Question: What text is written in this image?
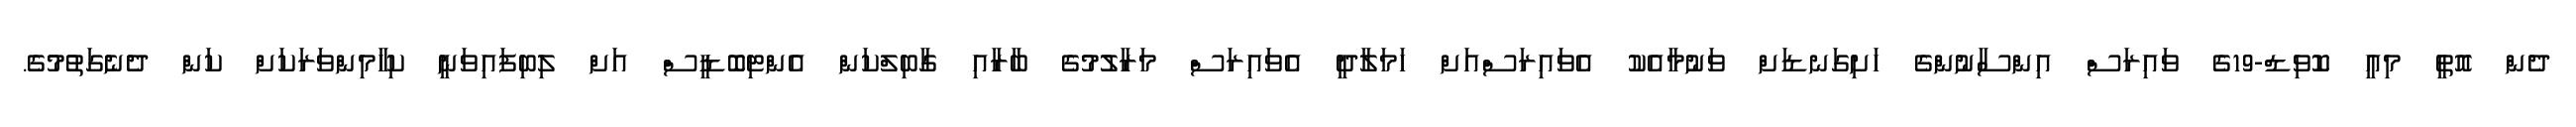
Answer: ދެން އޮތީ މިއީ ކޮވިޑް-19ގެ ވައިރަސް އިންސާނުންގެ ހަށިގަނޑަށް ވަނުމާއެކު އެވައިރަސްއަށް ހަމަލާދީ އެވައިރަސް މަރާލުމުގެ ބާރާއި ގާބިލްކަން އެންޓިބޮޑީސް އަށް ލިބިފައިވަނީ ކިހާމިންވަރަކަށް ކަން ދެނެގަތުމުގެ.